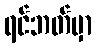
ရင်ဘတ်မှာ